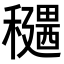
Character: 𥣊